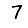
Digit: 7